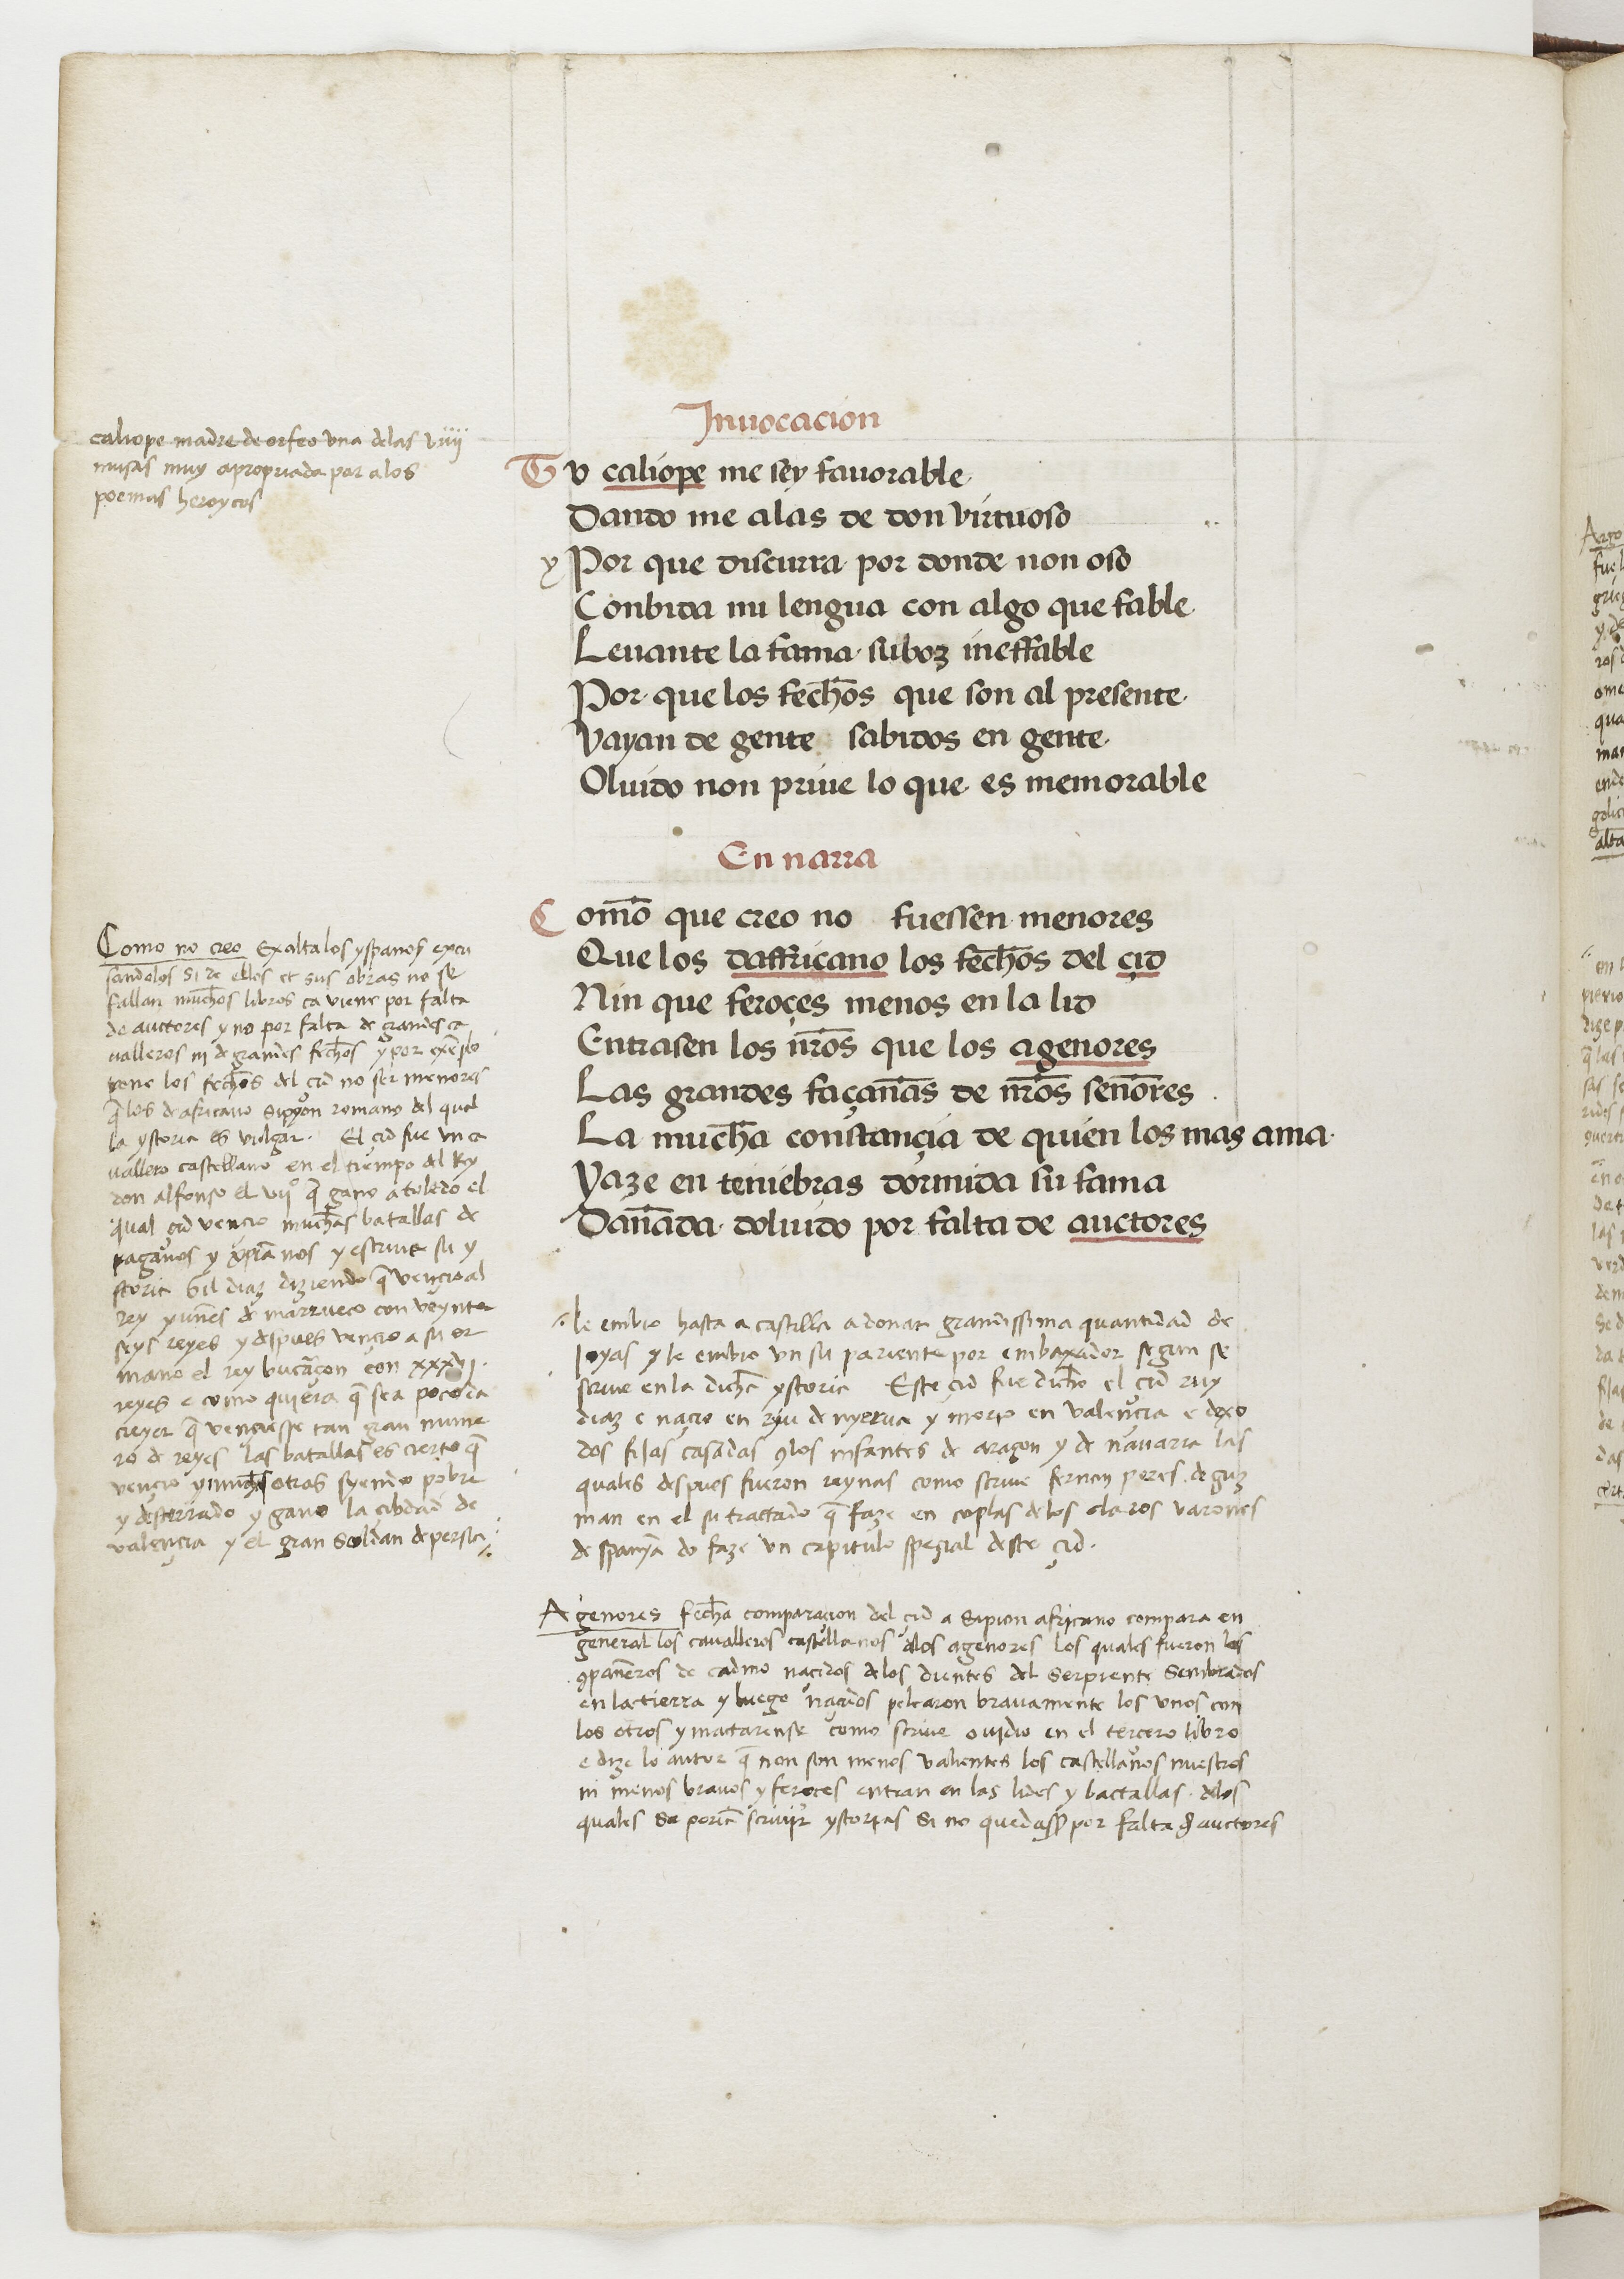
Shelfmark: Paris, BnF, esp. 229
Century: 15